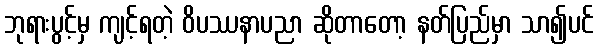
ဘုရားပွင့်မှ ကျင့်ရတဲ့ ဝိပဿနာပညာ ဆိုတာတော့ နတ်ပြည်မှာ သာ၍ပင်